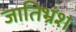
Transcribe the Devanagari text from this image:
जातिभ्रंश